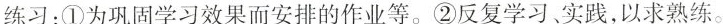
练习：①为巩固学习效果而安排的作业等。②反复学习实践，以求熟练。